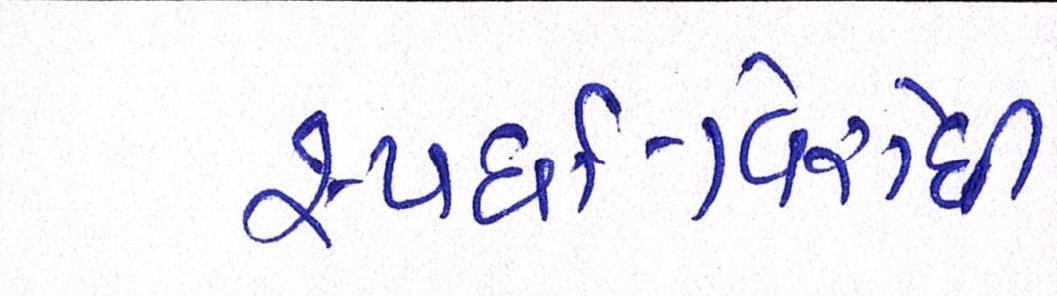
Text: સ્પર્ધા-વિરોધી